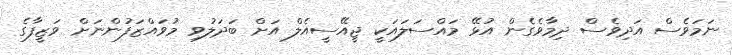
ނަމަވެސް އަދިވެސް ދިމާވެގެން އުޅޭ މައްސަލައަކީ ޖީއޭސީއެލް އަށް ބަދަލުވި މުވައްޒަފުންނަށް ވަޒީފާގެ